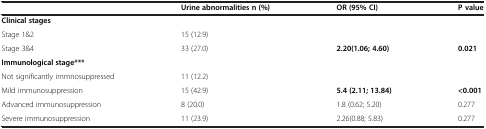
|  | Urine abnormalities n (%) | OR (95% CI) | P value |
 | --- | --- | --- | --- |
 | Clinical stages |  |  |  |
 | Stage 1&2 | 15 (12.9) |  |  |
 | Stage 3&4 | 33 (27.0) | 2.20(1.06; 4.60) | 0.021 |
 | Immunological stage*** |  |  |  |
 | Not significantly immnosuppressed | 11 (12.2) |  |  |
 | Mild immunosuppression | 15 (42.9) | 5.4 (2.11; 13.84) | <0.001 |
 | Advanced immunosuppression | 8 (20.0) | 1.8 (0.62; 5.20) | 0.277 |
 | Severe immunosuppression | 11 (23.9) | 2.26(0.88; 5.83) | 0.277 |